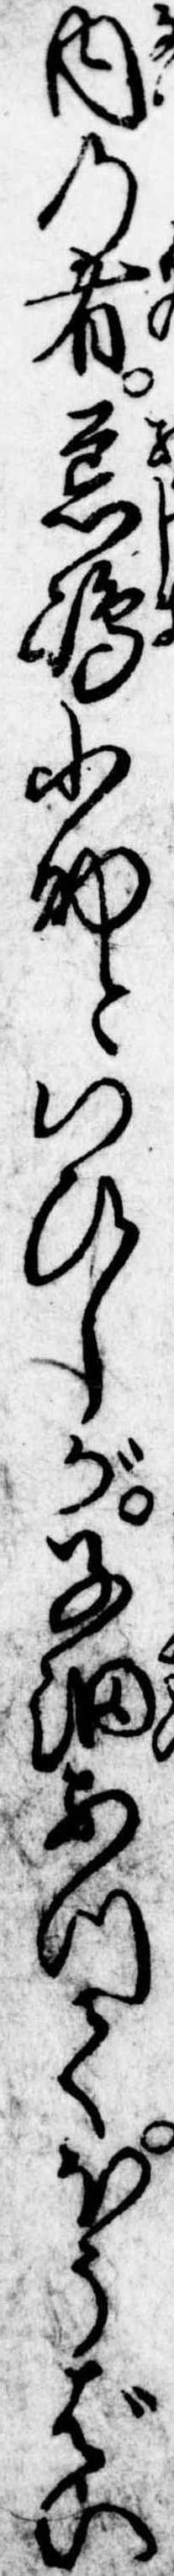
内の者荒島小助といひしが子細あつてほうばい